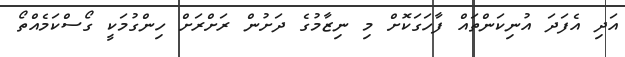
އަދި އެފަދަ އުނިކަންތައް ފާހަގަކޮށް މި ނިޒާމުގެ ދަށުން ރަށްރަށް ހިންގުމަކީ ގޯސްކަމެއްތޯ